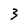
Character: 3